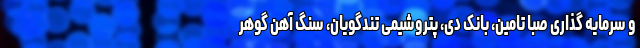
و سرمایه‌ گذاری صبا تامین، بانک دی، پتروشیمی تندگویان، سنگ آهن گوهر